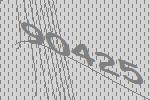
90425